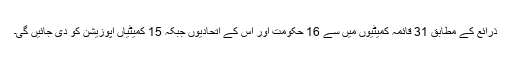
ذرائع کے مطابق 31 قائمہ کمیٹیوں میں سے 16 حکومت اور اس کے اتحادیوں جبکہ 15 کمیٹیاں اپوزیشن کو دی جائیں گی۔